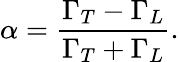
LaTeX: \alpha=\frac{\Gamma_{T}-\Gamma_{L}}{\Gamma_{T}+\Gamma_{L}}.